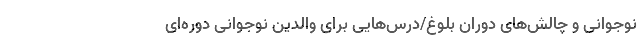
نوجوانی و چالش‌های دوران بلوغ/درس‌هایی برای والدین نوجوانی دوره‌ای